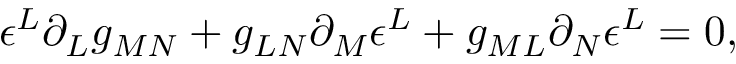
\epsilon ^ { L } \partial _ { L } g _ { M N } + g _ { L N } \partial _ { M } \epsilon ^ { L } + g _ { M L } \partial _ { N } \epsilon ^ { L } = 0 ,